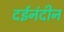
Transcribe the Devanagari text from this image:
दईनंदीन